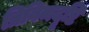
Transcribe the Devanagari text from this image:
त्रिविमदृष्टि